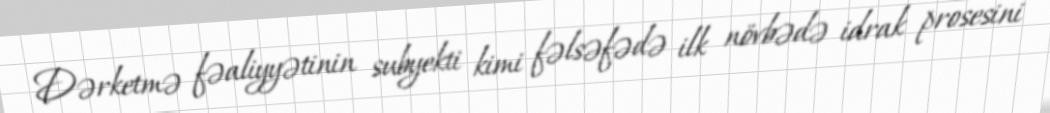
Dərketmə fəaliyyətinin subyekti kimi fəlsəfədə ilk növbədə idrak prosesini